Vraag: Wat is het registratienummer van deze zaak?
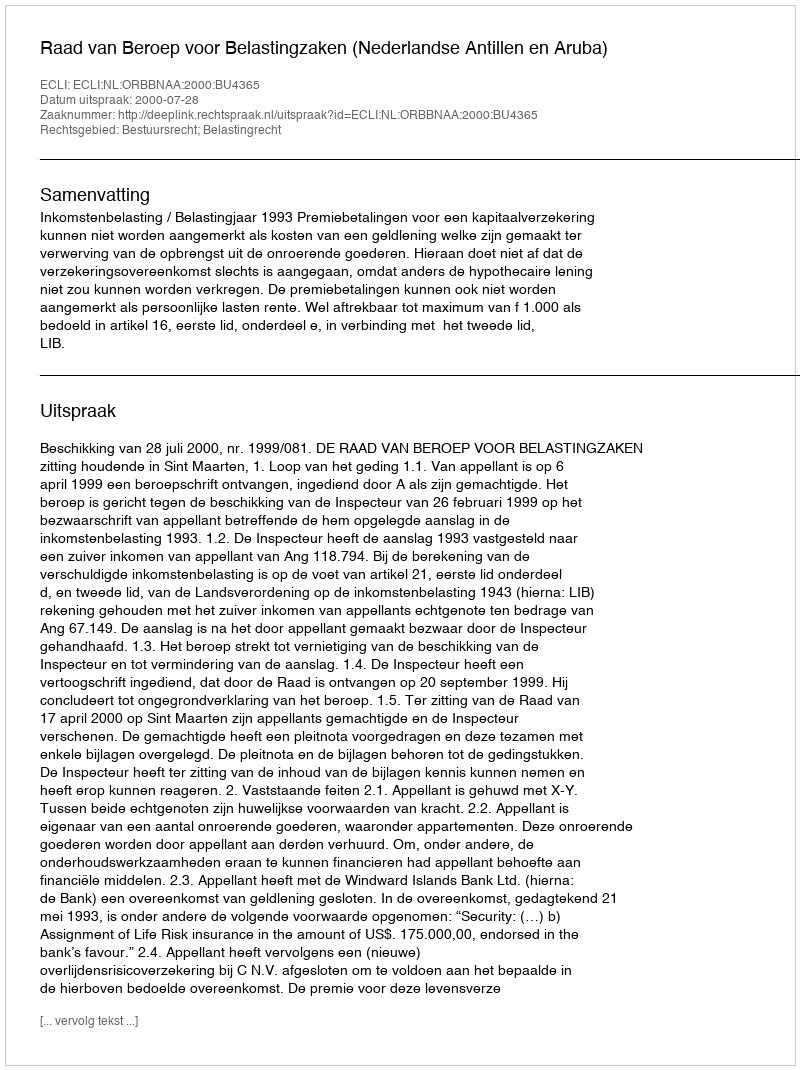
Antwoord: http://deeplink.rechtspraak.nl/uitspraak?id=ECLI:NL:ORBBNAA:2000:BU4365